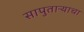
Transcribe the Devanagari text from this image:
सापुताऱ्याचा